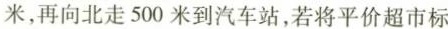
米，再向北走500米到汽车站，若将平价超市标